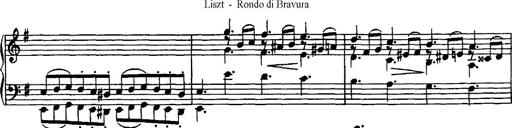
Title: Rondo di bravura
Composer: Franz Liszt